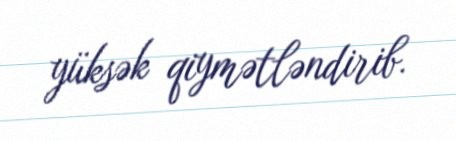
yüksək qiymətləndirib.